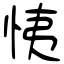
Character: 恞